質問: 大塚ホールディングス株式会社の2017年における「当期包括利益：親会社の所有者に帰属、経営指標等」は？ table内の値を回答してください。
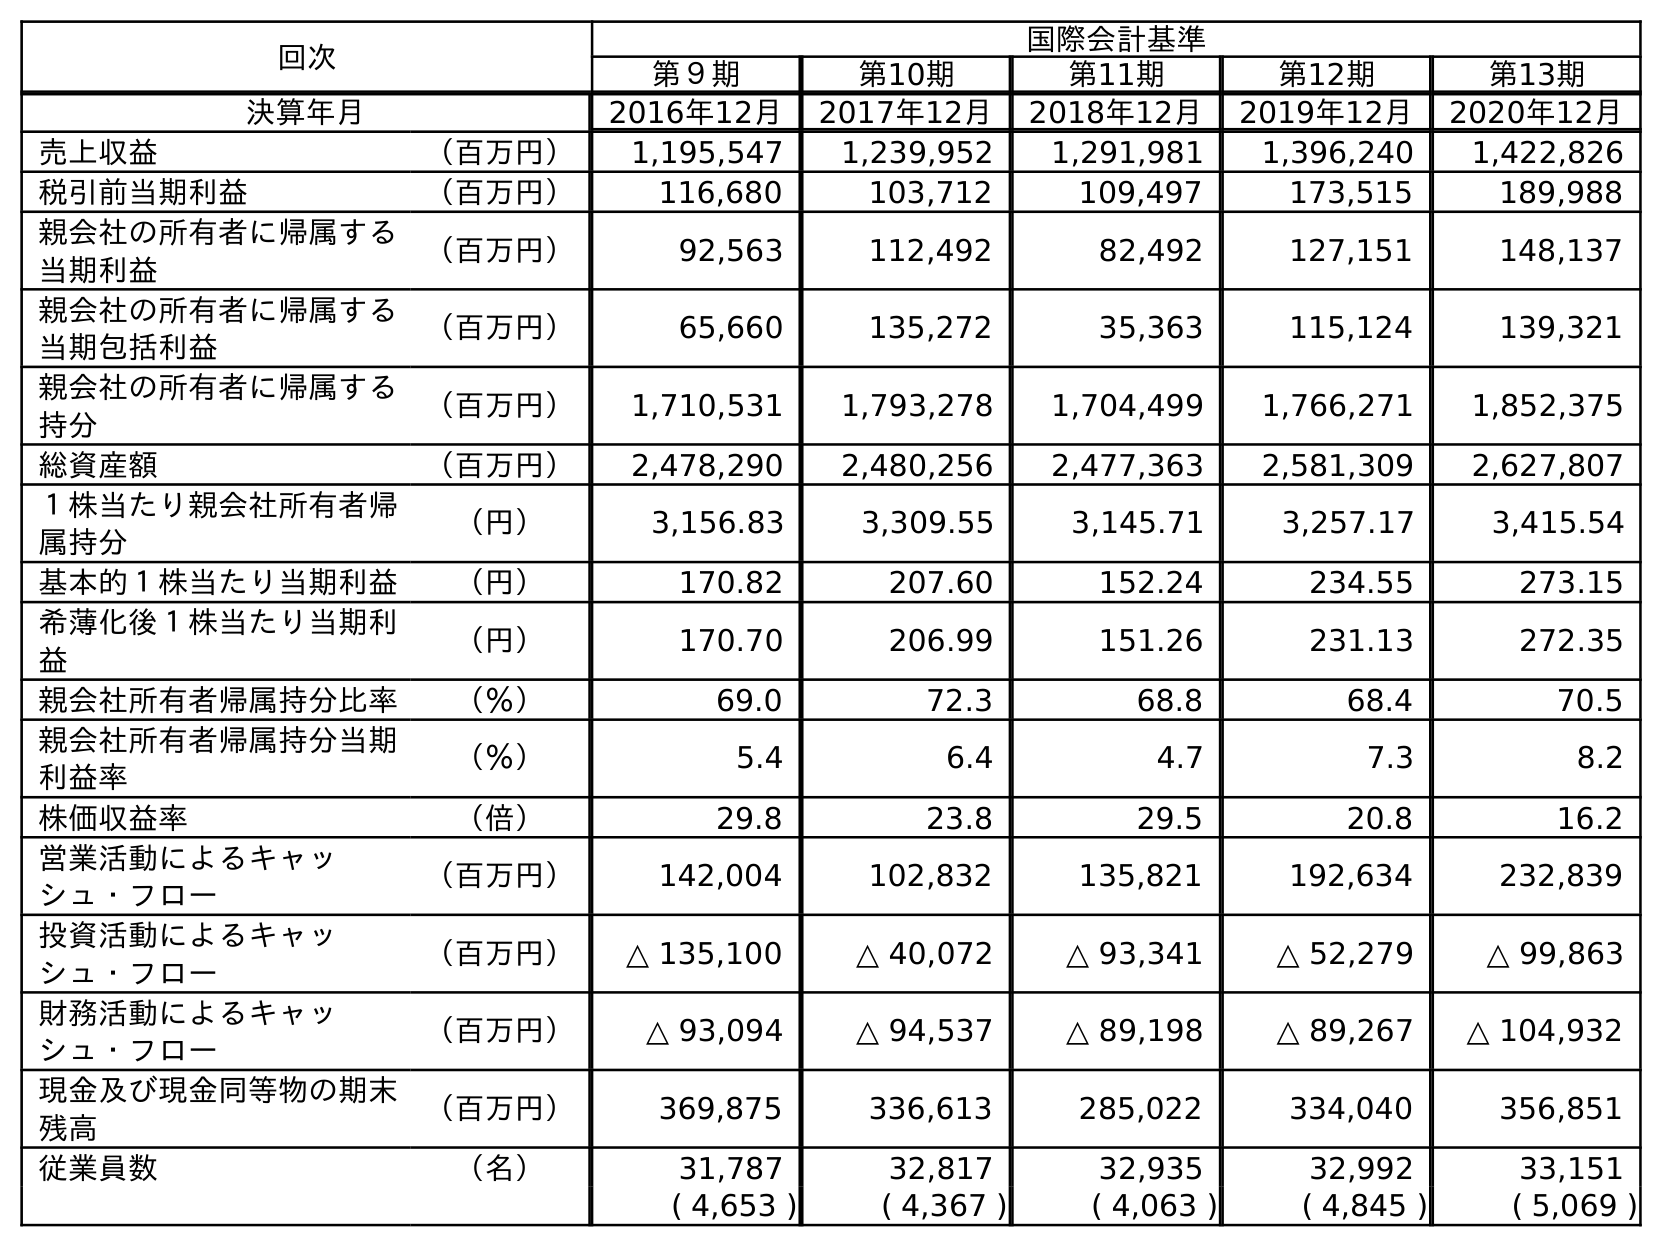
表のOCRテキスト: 回次 国際会計基準 第９期 第10期 第11期 第12期 第13期 決算年月 2016年12月 2017年12月 2018年12月 2019年12月 2020年12月 売上収益 （百万円） 1,195,547 1,239,952 1,291,981 1,396,240 1,422,826 税引前当期利益 （百万円） 116,680 103,712 109,497 173,515 189,988 親会社の所有者に帰属する 当期利益 （百万円） 92,563 112,492 82,492 127,151 148,137 親会社の所有者に帰属する 当期包括利益 （百万円） 65,660 135,272 35,363 115,124 139,321 親会社の所有者に帰属する 持分 （百万円） 1,710,531 1,793,278 1,704,499 1,766,271 1,852,375 総資産額 （百万円） 2,478,290 2,480,256 2,477,363 2,581,309 2,627,807 １株当たり親会社所有者帰 属持分 （円） 3,156.83 3,309.55 3,145.71 3,257.17 3,415.54 基本的１株当たり当期利益 （円） 170.82 207.60 152.24 234.55 273.15 希薄化後１株当たり当期利 益 （円） 170.70 206.99 151.26 231.13 272.35 親会社所有者帰属持分比率 （％） 69.0 72.3 68.8 68.4 70.5 親会社所有者帰属持分当期 利益率 （％） 5.4 6.4 4.7 7.3 8.2 株価収益率 （倍） 29.8 23.8 29.5 20.8 16.2 営業活動によるキャッ シュ・フロー （百万円） 142,004 102,832 135,821 192,634 232,839 投資活動によるキャッ シュ・フロー （百万円） △ 135,100 △ 40,072 △ 93,341 △ 52,279 △ 99,863 財務活動によるキャッ シュ・フロー （百万円） △ 93,094 △ 94,537 △ 89,198 △ 89,267 △ 104,932 現金及び現金同等物の期末 残高 （百万円） 369,875 336,613 285,022 334,040 356,851 従業員数 （名） 31,787 32,817 32,935 32,992 33,151 ( 4,653 ) ( 4,367 ) ( 4,063 ) ( 4,845 ) ( 5,069 )
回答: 135,272